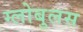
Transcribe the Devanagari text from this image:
ग्लोबुलस